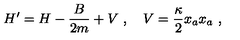
H ^ { \prime } = H - \frac { B } { 2 m } + V \ , \quad V = \frac { \kappa } { 2 } x _ { a } x _ { a } \ ,